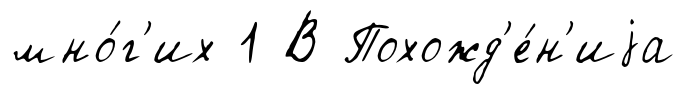
мно́г'их 1 В Похожд'е́н'иjа